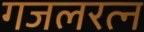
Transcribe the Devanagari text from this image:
गजलरत्‍न